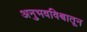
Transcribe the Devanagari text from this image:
अनुभवविश्वातून